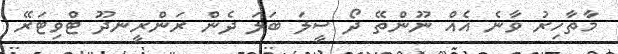
މާތާހިރު ވާނެ އެއް ނޫންތޭ ދޯ ސީލަ ބަލަ ދެން ރަންރީނދޫ ޓްވިޓަރޭ